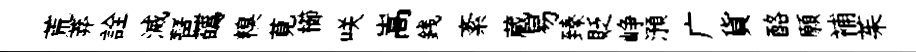
荒莽詮滅琶蘤糗莧櫛咲嵩銭紊蔵易臻貶峥澦广貨酪願補茱